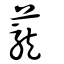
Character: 蘢